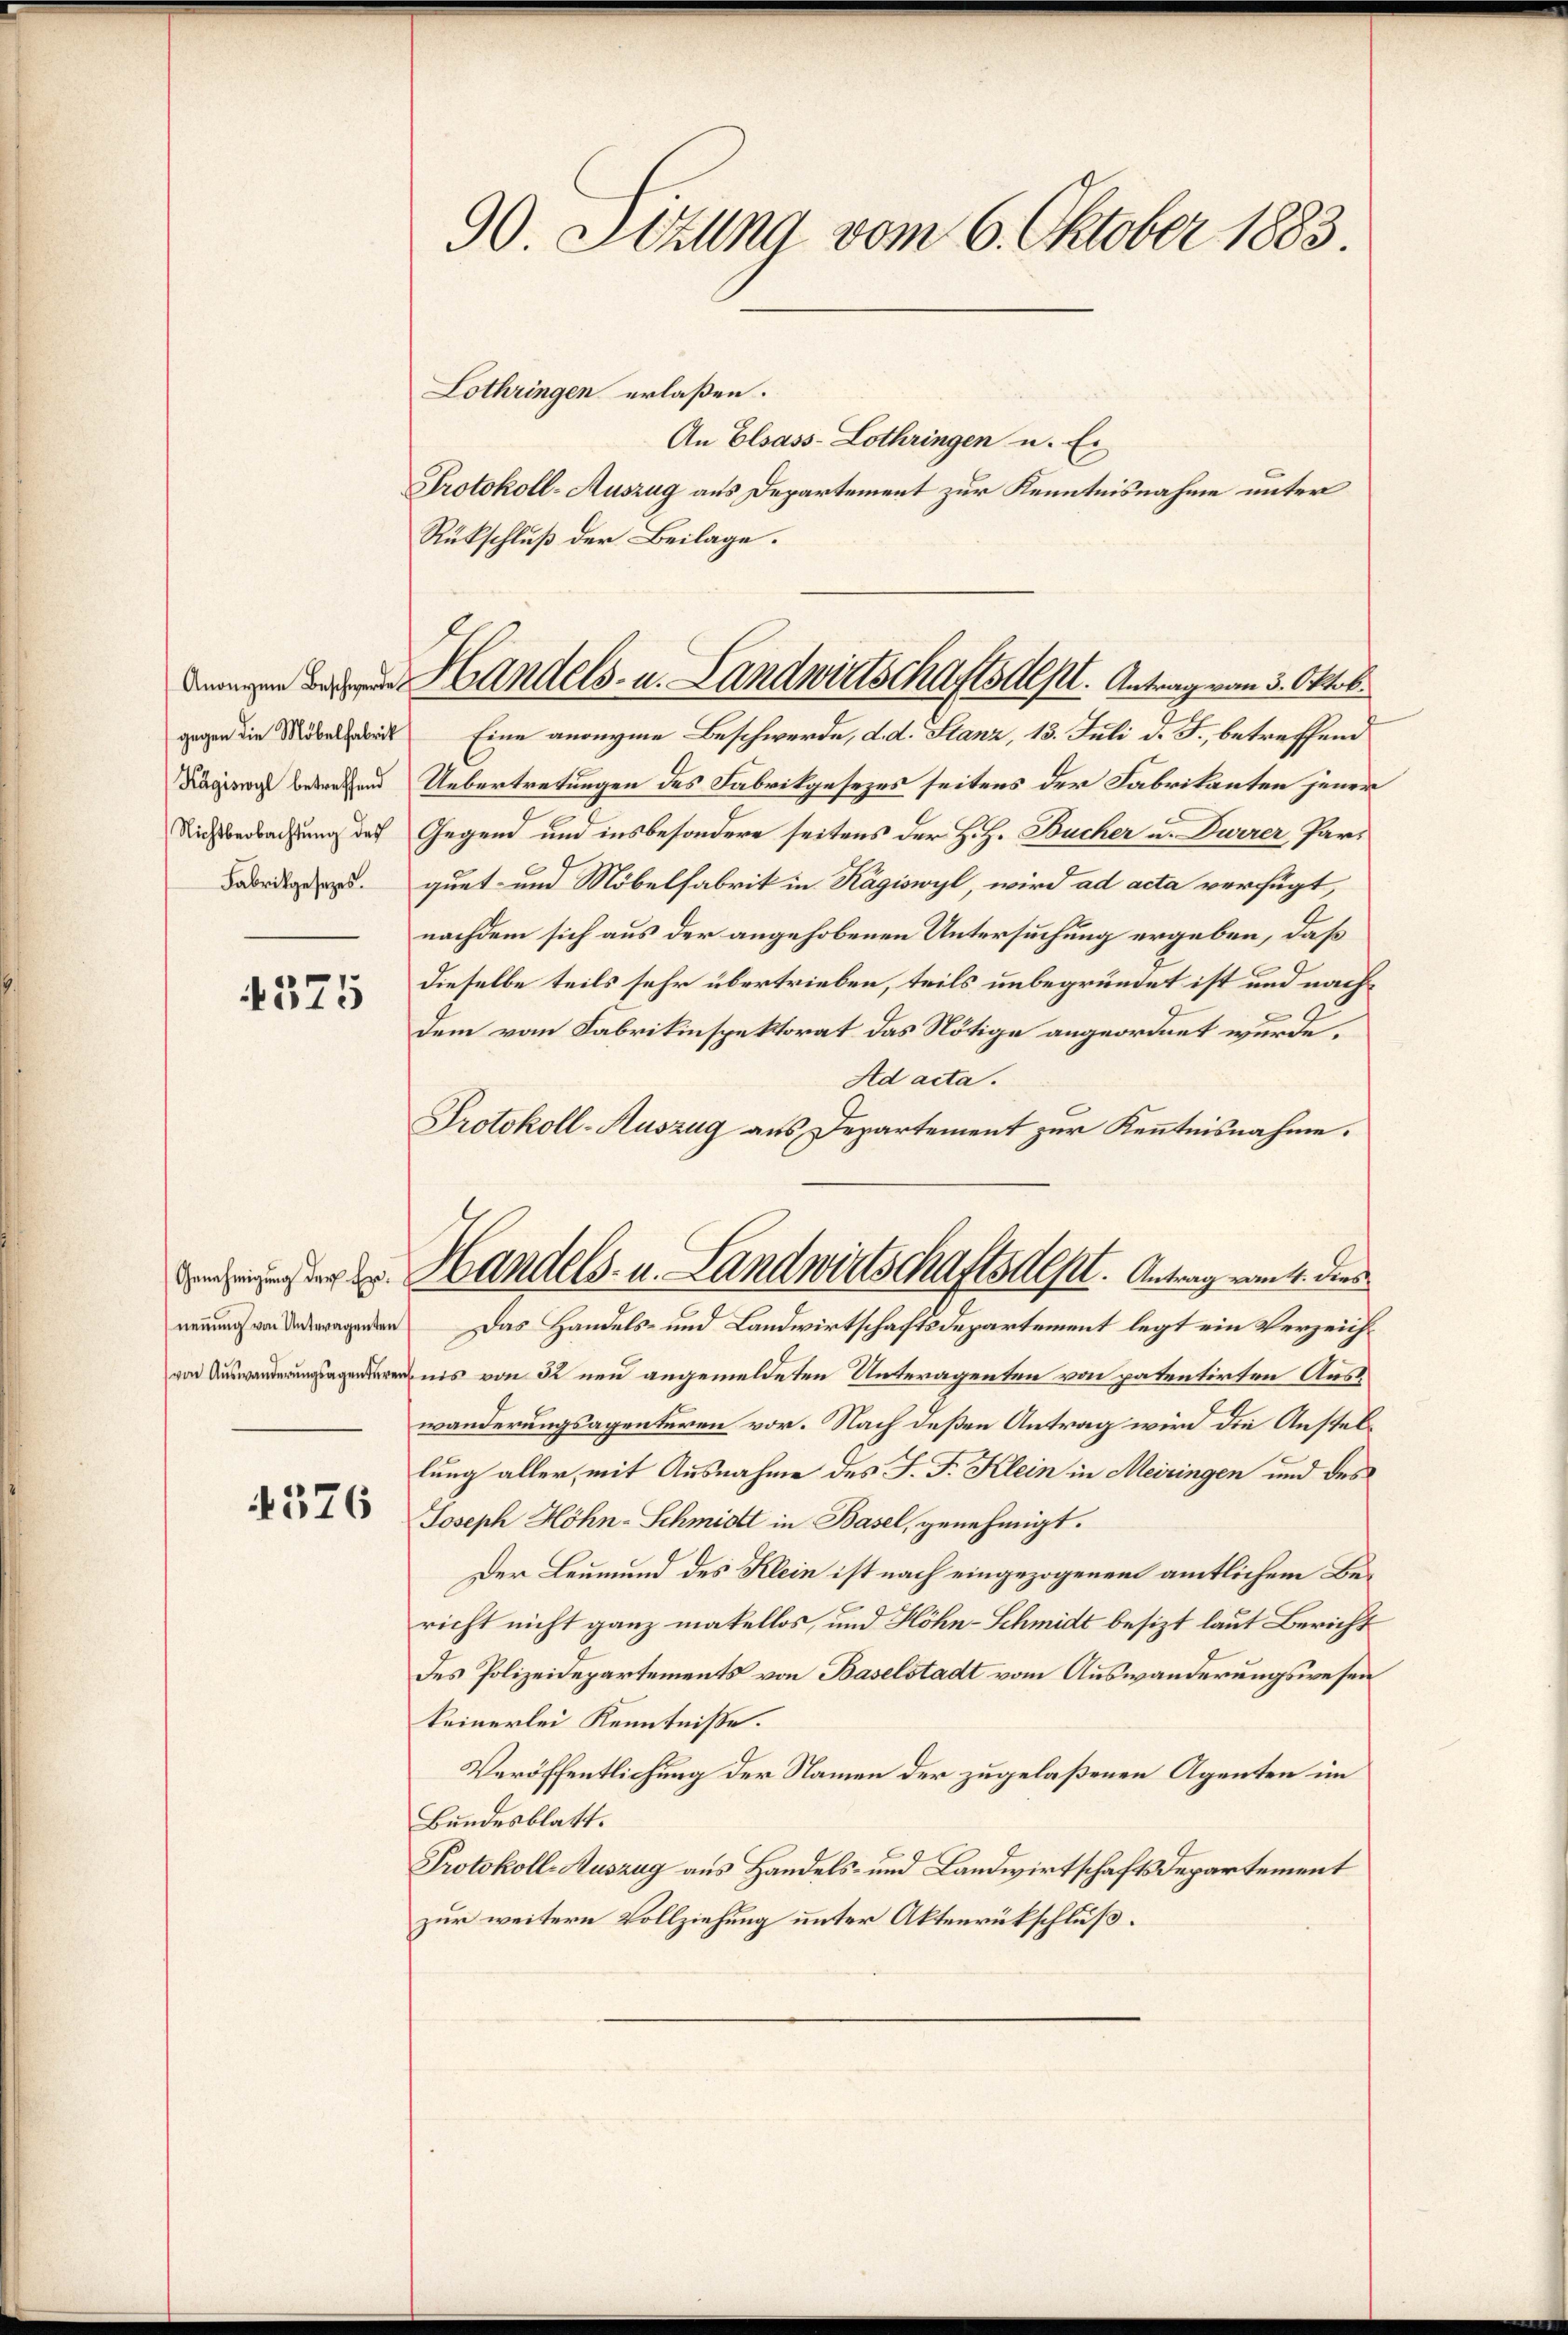
gegen die Möbelfabrik
Kägiswyl betreffend

375

4376

90. Setzung vom 6. Oktober 1883.

dengen der Handels- u. Landwirtschafts Alpl. Antrag vom 5. Oktob.

Lothringen erlaßen.
An Elsass-Lothringen u. Ei
Protokoll-Auszug aus Departement zur Kenntnisnahme unter
Rückschluß der Beilage.
Eine anonyme Beschwerde, d. d. Stanz, 13. Juli d. J., betreffend
Uebertretungen des Fabrikgesezes seitens der Fabrikanten jener
Richtbeobachtung des Gegend und insbesondere seitens der H. H. Bücher u. Durrer, Parrquet und Möbelfabrik in Kägiswyl, wird ad acta verfügt,
nachdem sich aus der angehobenen Untersuchung ergeben, daß
dieselbe teils sehr übertrieben, teils unbegründet ist und nach¬
Dem vom Fabrikinspektorat das Nötige angeordnet wurde.
Ad acta.
Protokoll-Auszug aus Departement zur Kenntnisnahme.
deser Handels- u. Landwirtschaftsdest. Antrag vom 14. dies
rgenden Das Handels- und Landwirtschaftsdepartement legt ein Verzeichunis von 32 neu angemeldeten Unteragenten von patentirten Auswanderungsagenteren vor. Nach deßen Antrag wird die Anstellung aller, mit Ausnahme des J. J. Klein in Meiringen und des
Joseph Höhn-Schmidt in Basel, genehmigt.
Der Leumund des Klein ist nach eingezogenem amtlichem Bericht nicht ganz makellos, und Höhn-Schmidt besizt laut Bericht
des Polizeidepartements von Baselstadt vom Auswanderungswesen
keinerlei Kenntniße.
Veröffentlichung der Namen der zugelaßenen Agenten im
Bundesblatt.
Protokoll-Auszug aus Handels- und Landwirtschaftsdepartement
zur weitere Vollziehung unter Aktenrückschluß.